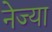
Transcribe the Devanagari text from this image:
नेज्या